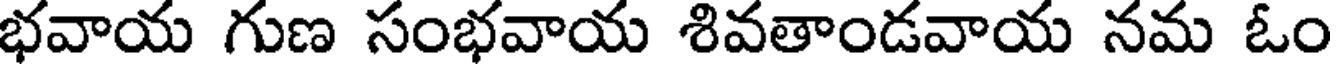
భవాయ గుణ సంభవాయ శివతాండవాయ నమ ఓం